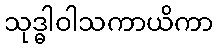
သုဒ္ဓါဝါသကာယိကာ